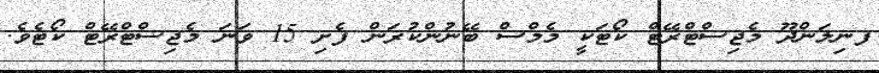
ފނިލަންދޫ މެޖިސްޓްރޭޓް ކޯޓަކީ މެމްސް ބޭނުންކުރަން ފެށި 15 ވަނަ މެޖިސްޓްރޭޓް ކޯޓެވެ.